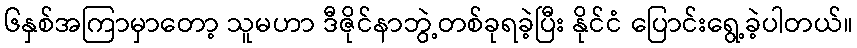
၆နှစ်အကြာမှာတော့ သူမဟာ ဒီဇိုင်နာဘွဲ့တစ်ခုရခဲ့ပြီး နိုင်ငံ ပြောင်းရွေ့ခဲ့ပါတယ်။